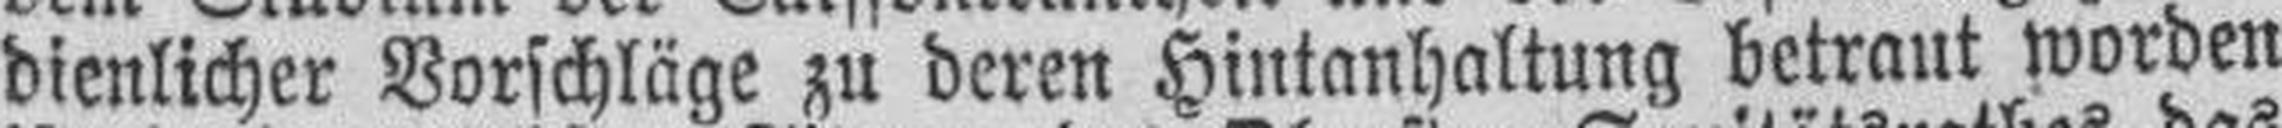
dienlicher Vorschläge zu deren Hintanhaltung betraut worden